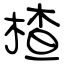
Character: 楂